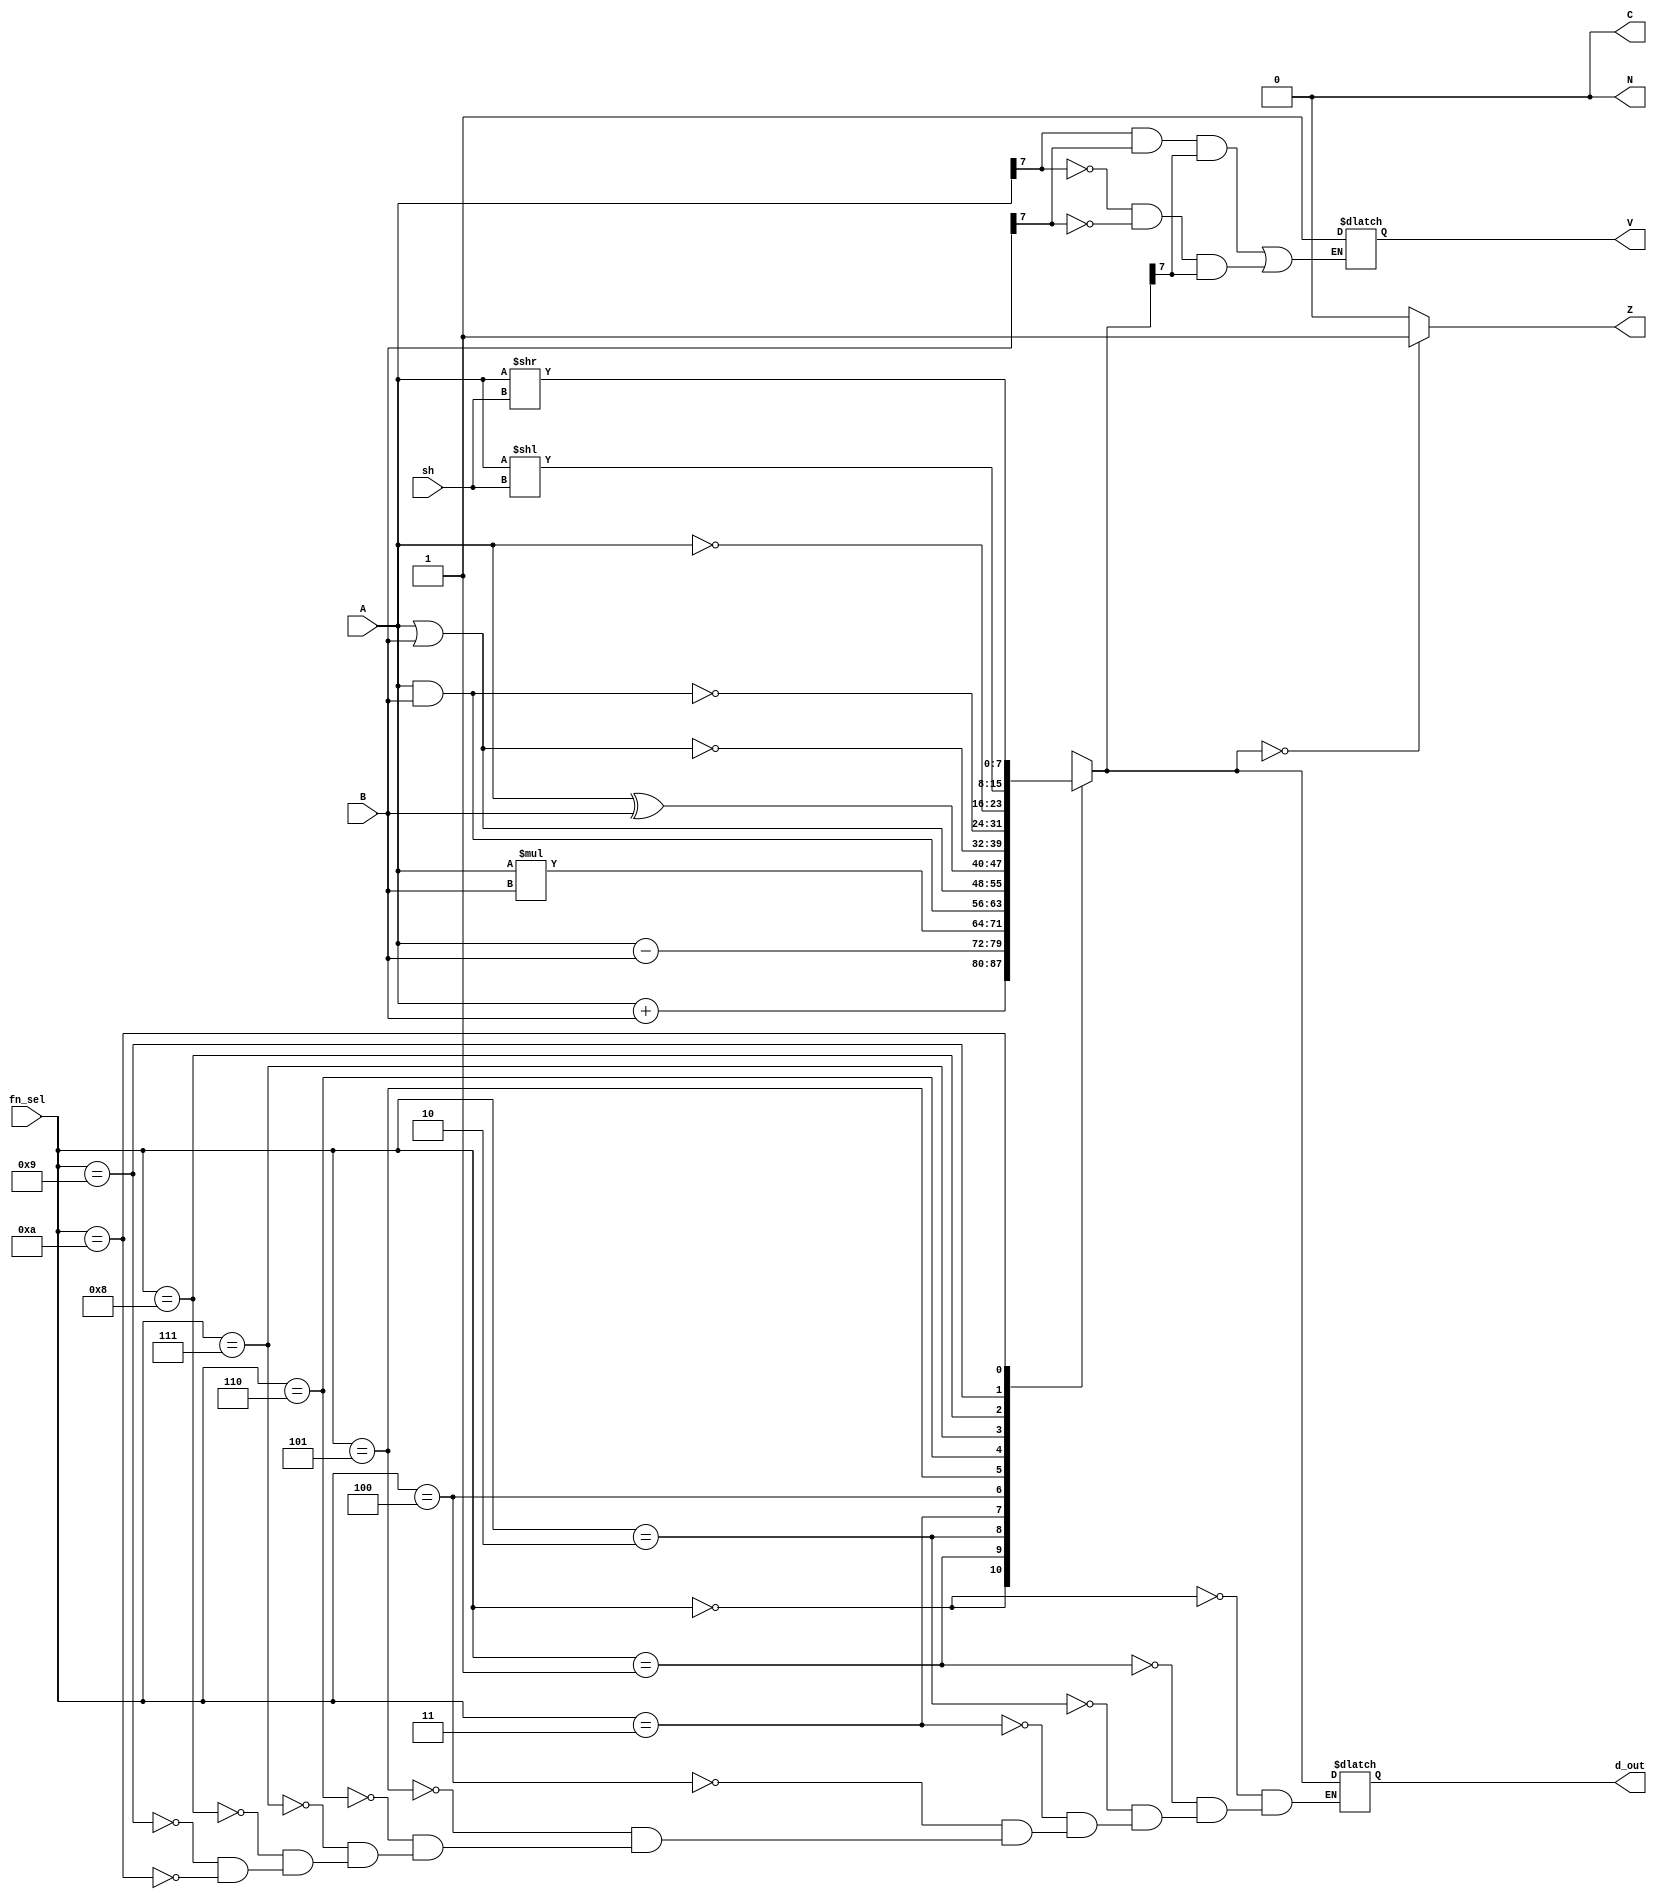
`timescale 1ns / 1ps
//////////////////////////////////////////////////////////////////////////////////
// Company: 
// Engineer: 
// 
// Design Name: 
// Module Name:    alu 
// Project Name: 
// Target Devices: 
// Tool versions: 
// Description: 
//
// Dependencies: 
//
// Revision: 
// Revision 0.01 - File Created
// Additional Comments: 
//
//////////////////////////////////////////////////////////////////////////////////
module alu(
    input [7:0] A,
    input [7:0] B,
    input [2:0] sh,
    input [3:0] fn_sel,
    output reg [7:0] d_out,
    output reg Z,
    output reg C,
    output reg N,
    output reg V
    );
    initial begin
        Z = 1'b0;
        V = 1'b0;
        N = 1'b0;
        C = 1'b0;
	end
always @ (A, B, fn_sel)
begin
    case(fn_sel)
        4'b0000: begin
            {C, d_out} = A+B;
        end
        4'b0001: begin 
            d_out = A-B;
            if(d_out[7]==1) 
                N = 1'b1;
        end 
        4'b0010: begin
            d_out = A * B; 
        end 
        4'b0011: begin 
            d_out = A & B;
        end  
        4'b0100: begin 
            d_out = A | B;
        end  
        4'b0101: begin 
            d_out = A ^ B;
        end    
        4'b0110: begin 
            d_out = ~(A | B);
        end    
        4'b0111: begin 
            d_out = ~(A & B);
        end
			4'b1000: begin  
            d_out = ~A;
        end 
		  4'b1001: begin  
            d_out = A << sh;
        end 
		  4'b1010: begin  
            d_out = A >> sh;
        end 
    endcase
    if(d_out == 0)
        Z = 1'b1;
    else
        Z= 0;
	N = 1'b0;
	C = 1'b0;
	if((A[7]==1 & B[7]==1 & d_out[7]==1) | (A[7]==0 & B[7]==0 & d_out[7]==1))
		V = 1'b1;
    end 
endmodule